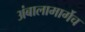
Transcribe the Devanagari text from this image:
अंबालामार्गेच